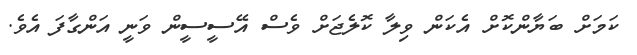
ކަމަށް ބަޔާންކޮށް އެކަން ވިލާ ކޮލެޖަށް ވެސް އޭސީސީން ވަނީ އަންގާފަ އެވެ.